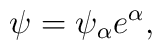
\psi=\psi_\alpha e^{\alpha},